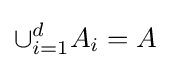
\cup _{i=1}^{d}A_{i}=A